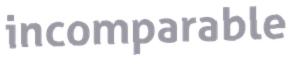
incomparable